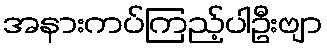
အနားကပ်ကြည့်ပါဦးဗျာ